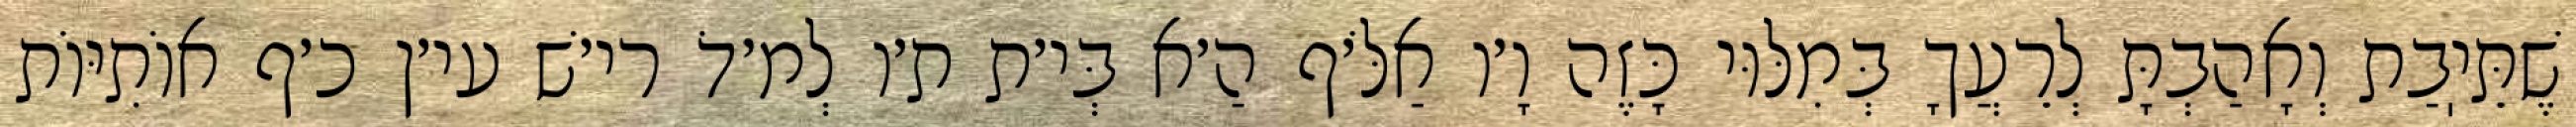
שֶׁתֵּיֽבַת וְאָהַבְתָּ לְרֵעֲךָ בְּמִלּוּי כָּזֶה וָ׳ו אַלֹּ׳ף הַ׳א בְּי׳ת ת׳ו לְמ׳דֹ רי׳שׁ עי׳ן כ׳ף אוֹתִיּוֹת